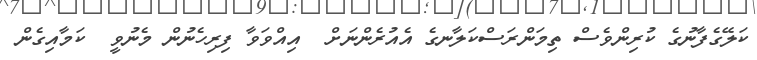
ކަލޭގެފާނުގެ ކުރިންވެސް ތިމަންރަސްކަލާނގެ އެއުރެންނަށް  އިއްވަވާ ފިރިހެނުން މެނުވީ  ކަމާއިގެން